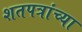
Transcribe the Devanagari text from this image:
शतपत्रांच्या